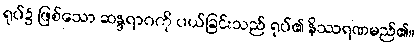
ရုပ်၌ ဖြစ်သော ဆန္ဒရာဂကို ပယ်ခြင်းသည် ရုပ်၏ နိဿရဏမည်၏။